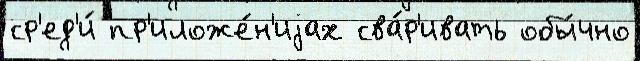
ср'ед'и́ пр'иложе́н'иjах сва́р'ивать обы́чно